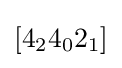
[4_{2}4_{0}2_{1}]